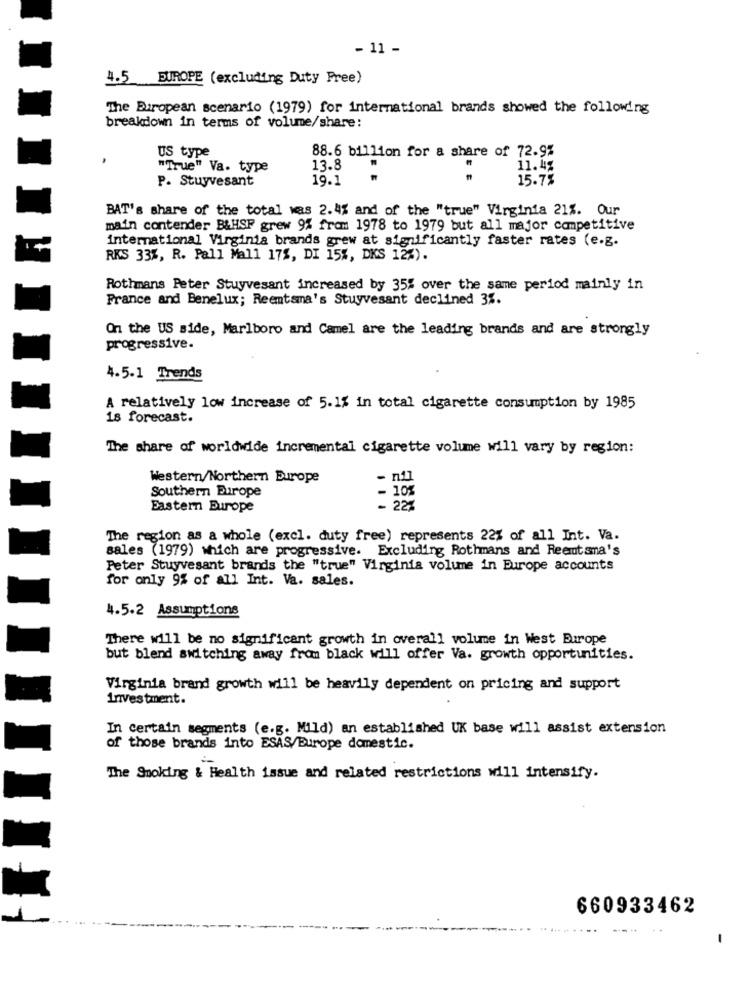
- 11 -
4.5 EUROPE (excluding Duty Free)
The European scenario (1979) for international brands showed the following
breakdown in terms of volume/share:
US type
88.6 billion for a share of 72.9%
"True" Va. type
13.8
11.4%
P. Stuyvesant
19.1
15.75
BAT's share of the total was 2.4% and of the "true" Virginia 21%. Our
main contender B&HSP grew 9% from 1978 to 1979 but all major competitive
international Virginia brands grew at significantly faster rates (e.g.
RKS 33%, R. Pall Mall 17%, DI 15%, DKS 12%).
Rothmans Peter Stuyvesant increased by 35% over the same period mainly in
France and Benelux; Reemtsma's Stuyvesant declined 3%.
On the US side, Marlboro and Camel are the leading brands and are strongly
progressive.
4.5.1 Trends
A relatively low increase of 5.1% in total cigarette consumption by 1985
18 forecast.
The share of worldwide incremental cigarette volume will vary by region:
Western/Northern Europe
Southern Europe
- 10%
Eastern Europe
22%
The region as a whole (excl. duty free) represents 22% of all Int. Va.
sales (1979) which are progressive. Excluding Rothmans and Reeutana's
Peter Stuyvesant brands the "true" Virginia volume in Europe accounts
for only 9% of all Int. Va. sales.
4.5.2 Assumptions
There will be no significant growth in overall volume in West Europe
but blend switching away from black will offer Va. growth opportunities.
Virginia brand growth will be heavily dependent on pricing and support
Investment.
In certain segments (e.g. Mild) an established UK base will assist extension
of those brands into ESAS/Europe domestic.
The Smoking & Health issue and related restrictions will intensify.
660933462
....
-